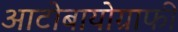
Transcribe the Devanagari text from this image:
आटोबायोग्राफी